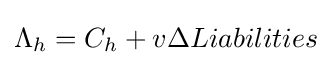
\Lambda _{h}=C_{h}+v\Delta Liabilities